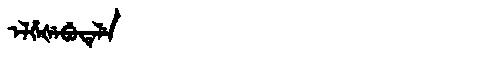
Manchu: ᡝᠯᡥᡝᡧᡝᠪᡠᡨᡝᠯᡝ
Romanization: ELHEŠEBUTELE